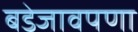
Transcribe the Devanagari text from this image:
बडेजावपणा